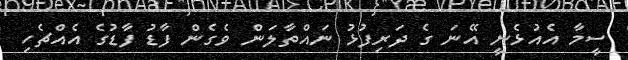
ސީމާ އެއުޅެނީ އޭނަ ގެ ދަރިފުޅު ނައްތާލަން ވެގެން ފާޑު ފާޑުގެ އެއްޗެހި